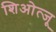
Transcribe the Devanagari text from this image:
शिओत्जू